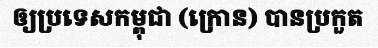
ឲ្យប្រទេសកម្ពុជា (ក្រោន) បានប្រកួត